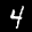
Label: 4